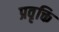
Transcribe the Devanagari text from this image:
प्रवृक्ति